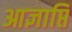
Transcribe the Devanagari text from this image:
आज्ञाप्ति